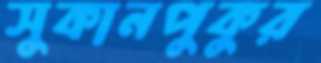
সুকানপুকুর